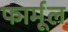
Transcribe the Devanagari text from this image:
फार्मूल